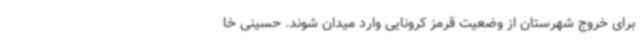
برای خروج شهرستان از وضعیت قرمز کرونایی وارد میدان شوند. حسینی خا